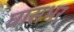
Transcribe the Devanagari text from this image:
घासभर